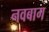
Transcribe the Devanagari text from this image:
नवबाग